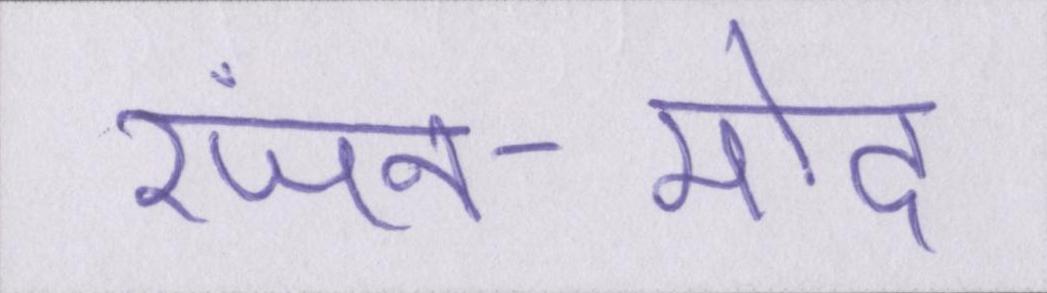
रंजन-मोद